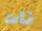
نات